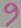
Text: 9